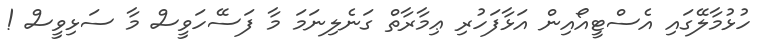
ހުޅުމާލޭގައި އެސްޓީއޯއިން އަޅާފަހުރި ޢިމާރާތް ގަނެލިނަމަ މާ ފަސޭހަވީސް މާ ސަޅިވީސް !